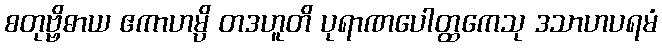
စတုဗ္ဗိဓာယ ဧကာဟမ္ပိ တဒဟူတိ ပုရာဏပေါတ္ထကေသု ဒသာဟပရမံ